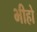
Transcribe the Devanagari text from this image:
भीहो